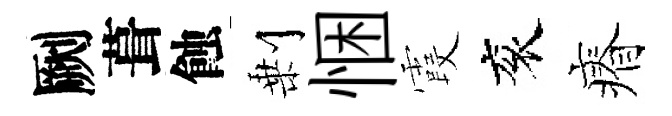
劂葺蝕剰悃霞衮瘠